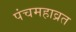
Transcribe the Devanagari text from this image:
पंचमहाव्रत